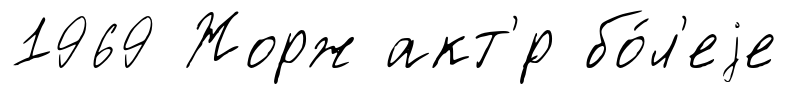
1969 Жорж акт'́р бо́л'еjе